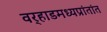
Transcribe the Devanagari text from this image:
वर्‍हाडमध्यप्रांतांत